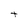
Character: t